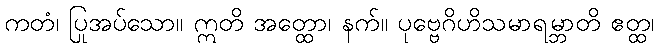
ကတံ၊ ပြုအပ်သော။ ဣတိ အတ္ထော၊ နက်။ ပုဗ္ဗေဂိဟိသမာရမ္ဘာတိ ဧတ္ထ၊